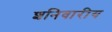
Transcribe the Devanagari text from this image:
शनिवारीय